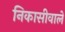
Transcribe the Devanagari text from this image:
निकासीवाले